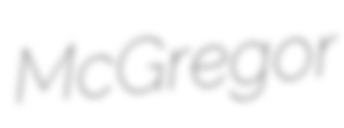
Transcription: McGregor